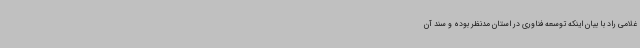
غلامی راد با بیان اینکه توسعه فناوری در استان مدنظر بوده و سند آن